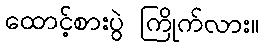
ထောင့်စားပွဲ ကြိုက်လား။